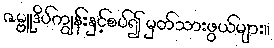
ဇမ္ဗူဒိပ်ကျွန်းနှင့်စပ်၍ မှတ်သားဖွယ်များ။